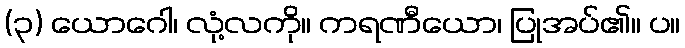
(၃) ယောဂေါ၊ လုံ့လကို။ ကရဏီယော၊ ပြုအပ်၏။ ပ။